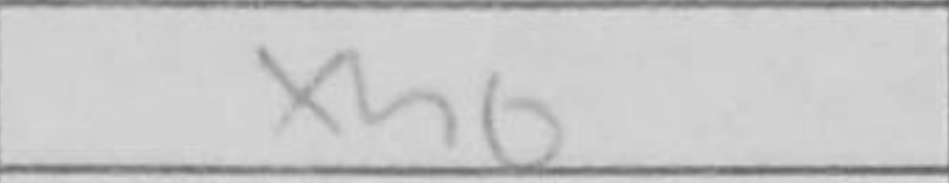
Transcription: xh6